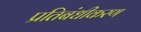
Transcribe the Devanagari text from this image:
प्रतिबंधीकरण